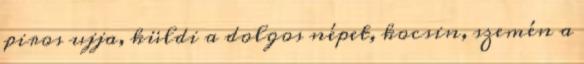
piros ujja, küldi a dolgos népet, kocsin, szemén a